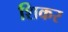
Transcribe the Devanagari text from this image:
शिकर